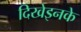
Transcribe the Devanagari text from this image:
दिखेइनके